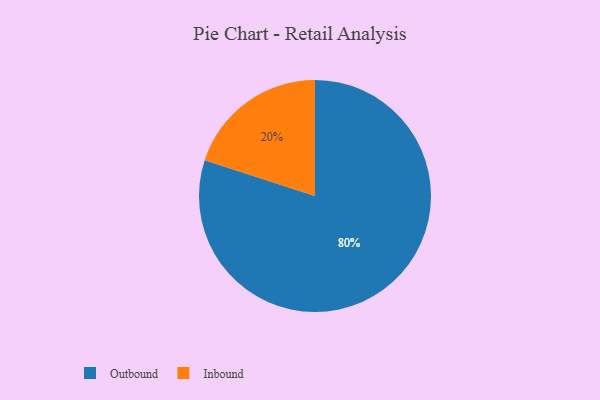
{"axis": {"x": "Category", "y": "Percentage"}, "legend": ["Inbound", "Outbound"], "data": [{"x": "Inbound", "y": 20, "type": "Inbound"}, {"x": "Outbound", "y": 80, "type": "Outbound"}]}